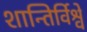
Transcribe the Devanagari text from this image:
शान्तिर्विश्वे